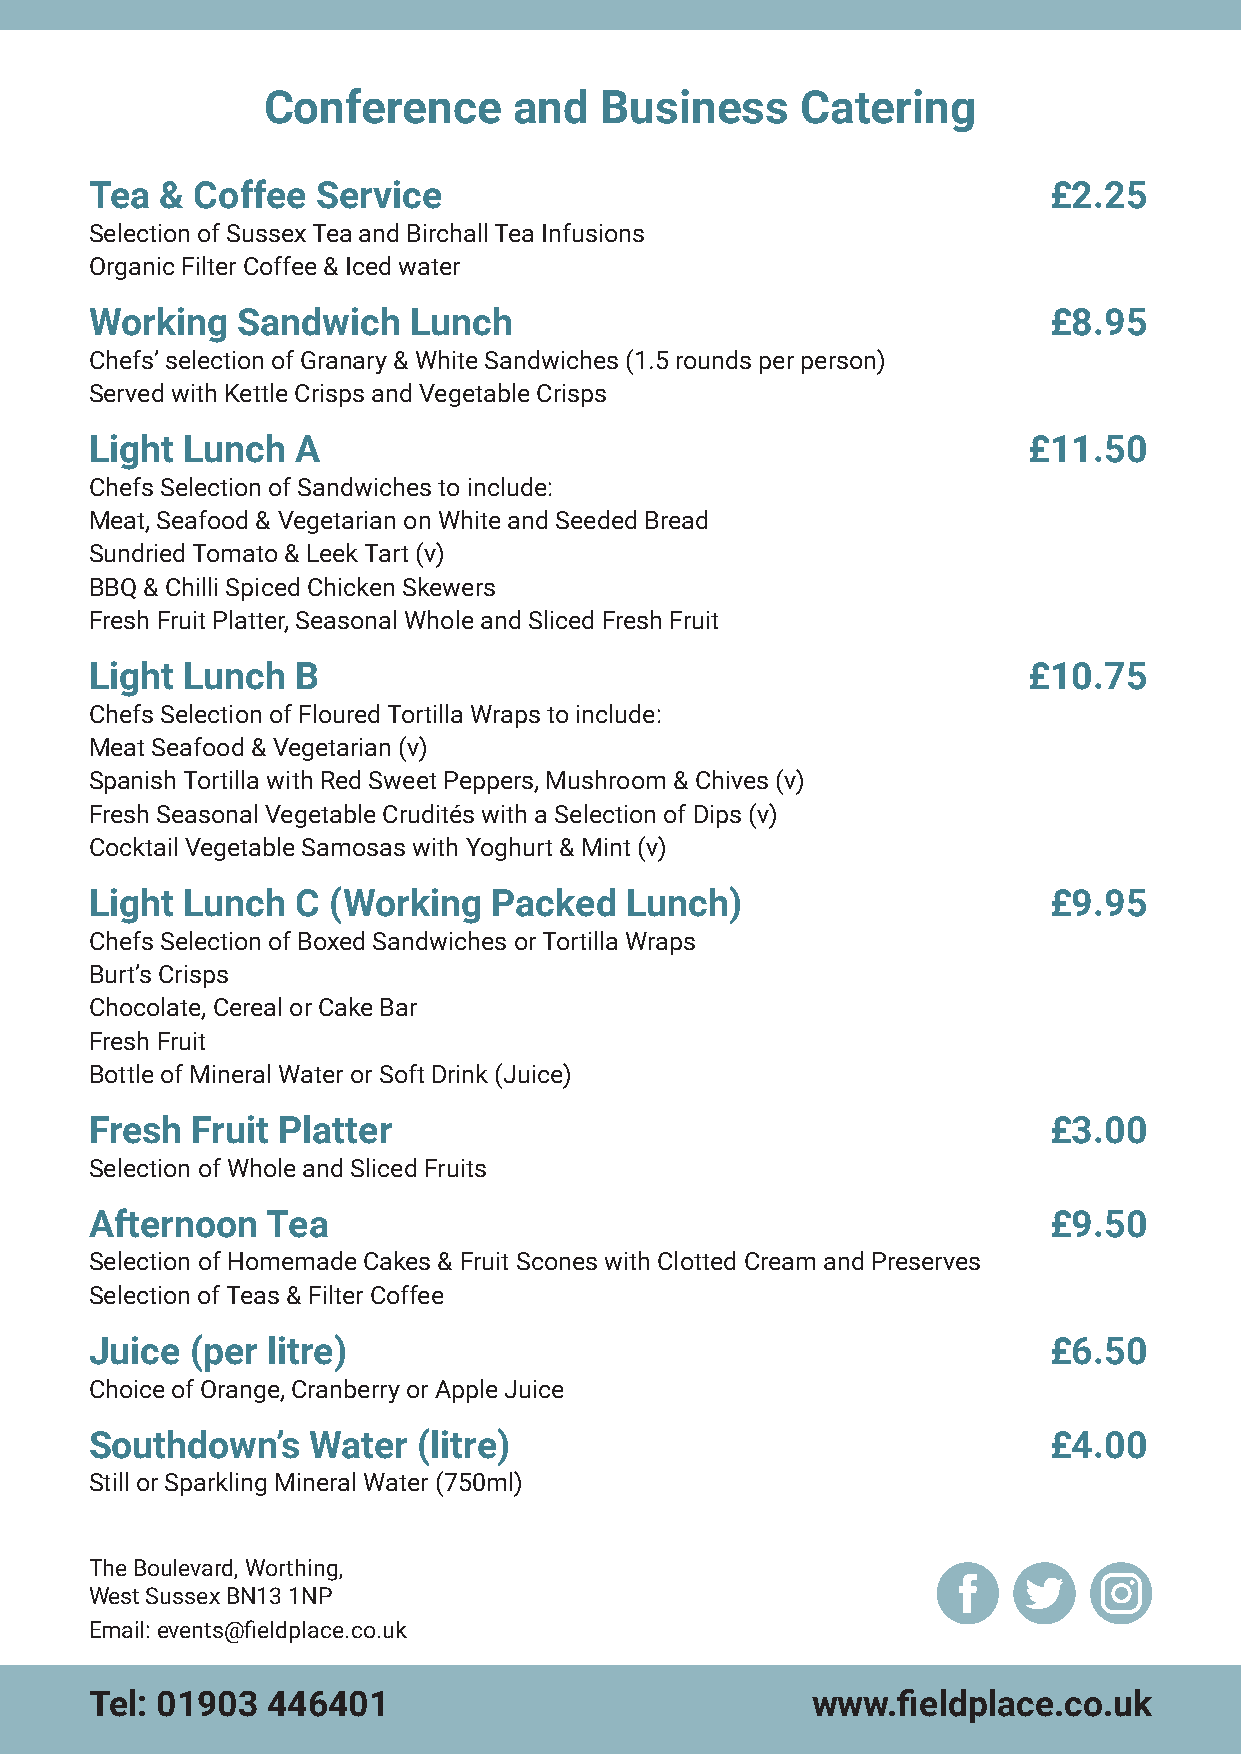
Conference       and   Business     Catering
 Tea  & Coffee  Service                                         £2.25
 Selection of Sussex Tea and Birchall Tea Infusions
 Organic Filter Coffee & Iced water
 Working   Sandwich   Lunch                                     £8.95
 Chefs’ selection of Granary & White Sandwiches (1.5 rounds per person)
 Served with Kettle Crisps and Vegetable Crisps
 Light Lunch   A                                               £11.50
 Chefs Selection of Sandwiches to include:
 Meat, Seafood & Vegetarian on White and Seeded Bread
 Sundried Tomato & Leek Tart (v)
 BBQ & Chilli Spiced Chicken Skewers
 Fresh Fruit Platter, Seasonal Whole and Sliced Fresh Fruit
 Light Lunch   B                                               £10.75
 Chefs Selection of Floured Tortilla Wraps to include:
 Meat Seafood & Vegetarian (v)
 Spanish Tortilla with Red Sweet Peppers, Mushroom & Chives (v)
 Fresh Seasonal Vegetable Crudités with a Selection of Dips (v)
 Cocktail Vegetable Samosas with Yoghurt & Mint (v)
 Light Lunch   C (Working   Packed  Lunch)                      £9.95
 Chefs Selection of Boxed Sandwiches or Tortilla Wraps
 Burt’s Crisps
 Chocolate, Cereal or Cake Bar
 Fresh Fruit
 Bottle of Mineral Water or Soft Drink (Juice)
 Fresh  Fruit Platter                                           £3.00
 Selection of Whole and Sliced Fruits
 Afternoon   Tea                                                £9.50
 Selection of Homemade Cakes & Fruit Scones with Clotted Cream and Preserves
 Selection of Teas & Filter Coffee
 Juice  (per litre)                                             £6.50
 Choice of Orange, Cranberry or Apple Juice
 Southdown’s   Water   (litre)                                  £4.00
 Still or Sparkling Mineral Water (750ml)
 The Boulevard, Worthing,
 West Sussex BN13 1NP
 Email: events@fieldplace.co.uk
 Tel: 01903  446401                              www.fieldplace.co.uk